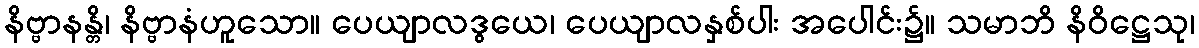
နိဗ္ဗာနန္တိ၊ နိဗ္ဗာနံဟူသော။ ပေယျာလဒွယေ၊ ပေယျာလနှစ်ပါး အပေါင်း၌။ သမာဘိ နိဝိဋ္ဌေသု၊